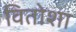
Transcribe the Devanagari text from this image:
वितोशा